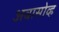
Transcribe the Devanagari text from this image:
अबासोव्ह